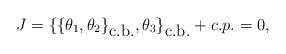
\begin{align*}J=\{\{\theta_1,\theta_2\}_{\mbox{c.b.}},\theta_3\}_{\mbox{c.b.}}+c.p.=0,\end{align*}